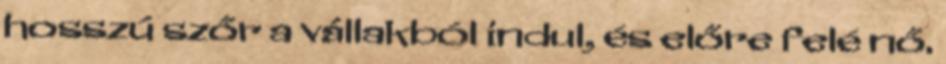
hosszú szőr a vállakból indul, és előre felé nő.